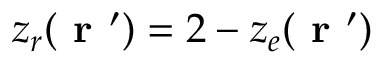
z _ { r } ( \textbf { r } ^ { \prime } ) = 2 - z _ { e } ( \textbf { r } ^ { \prime } )